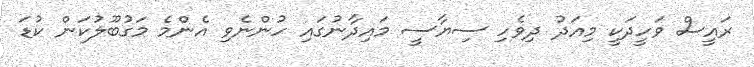
ރައީސް ވަހީދަކީ މިއަދު ދިވެހި ސިޔާސީ މައިދާނުގައި ހުންނެވި އެންމެ މަގުބޫލުކަން ކުޑަ